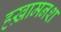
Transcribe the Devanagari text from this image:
हख़ामनश